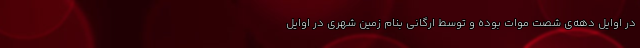
در اوایل دهه‌ی شصت موات بوده و توسط ارگانی بنام زمین شهری در اوایل